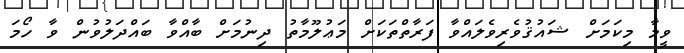
ވީމާ މިކަމަށް ޝައުޤުވެރިވެލައްވާ ފަރާތްތަކަށް މަޢުލޫމާތު ދިނުމަށް ބާއްވާ ބައްދަލުވުން ވާ ހޯމަ